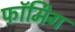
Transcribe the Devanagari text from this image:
फॉर्मिंग